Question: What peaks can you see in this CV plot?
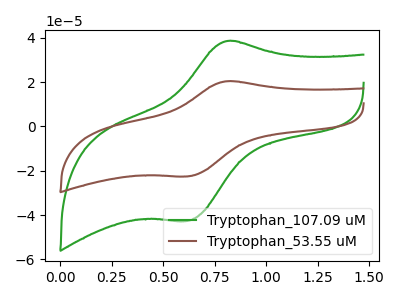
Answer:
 <answer>The green curve "Tryptophan_107.09 uM" has an anodic peak at (0.80V, 38.50uA) and a cathodic peak at (0.60V, -42.65uA). The brown curve "Tryptophan_53.55 uM" has an anodic peak at (0.80V, 20.35uA) and a cathodic peak at (0.60V, -22.55uA).</answer>
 <eval></eval>